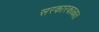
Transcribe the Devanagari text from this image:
सरकारकाळात